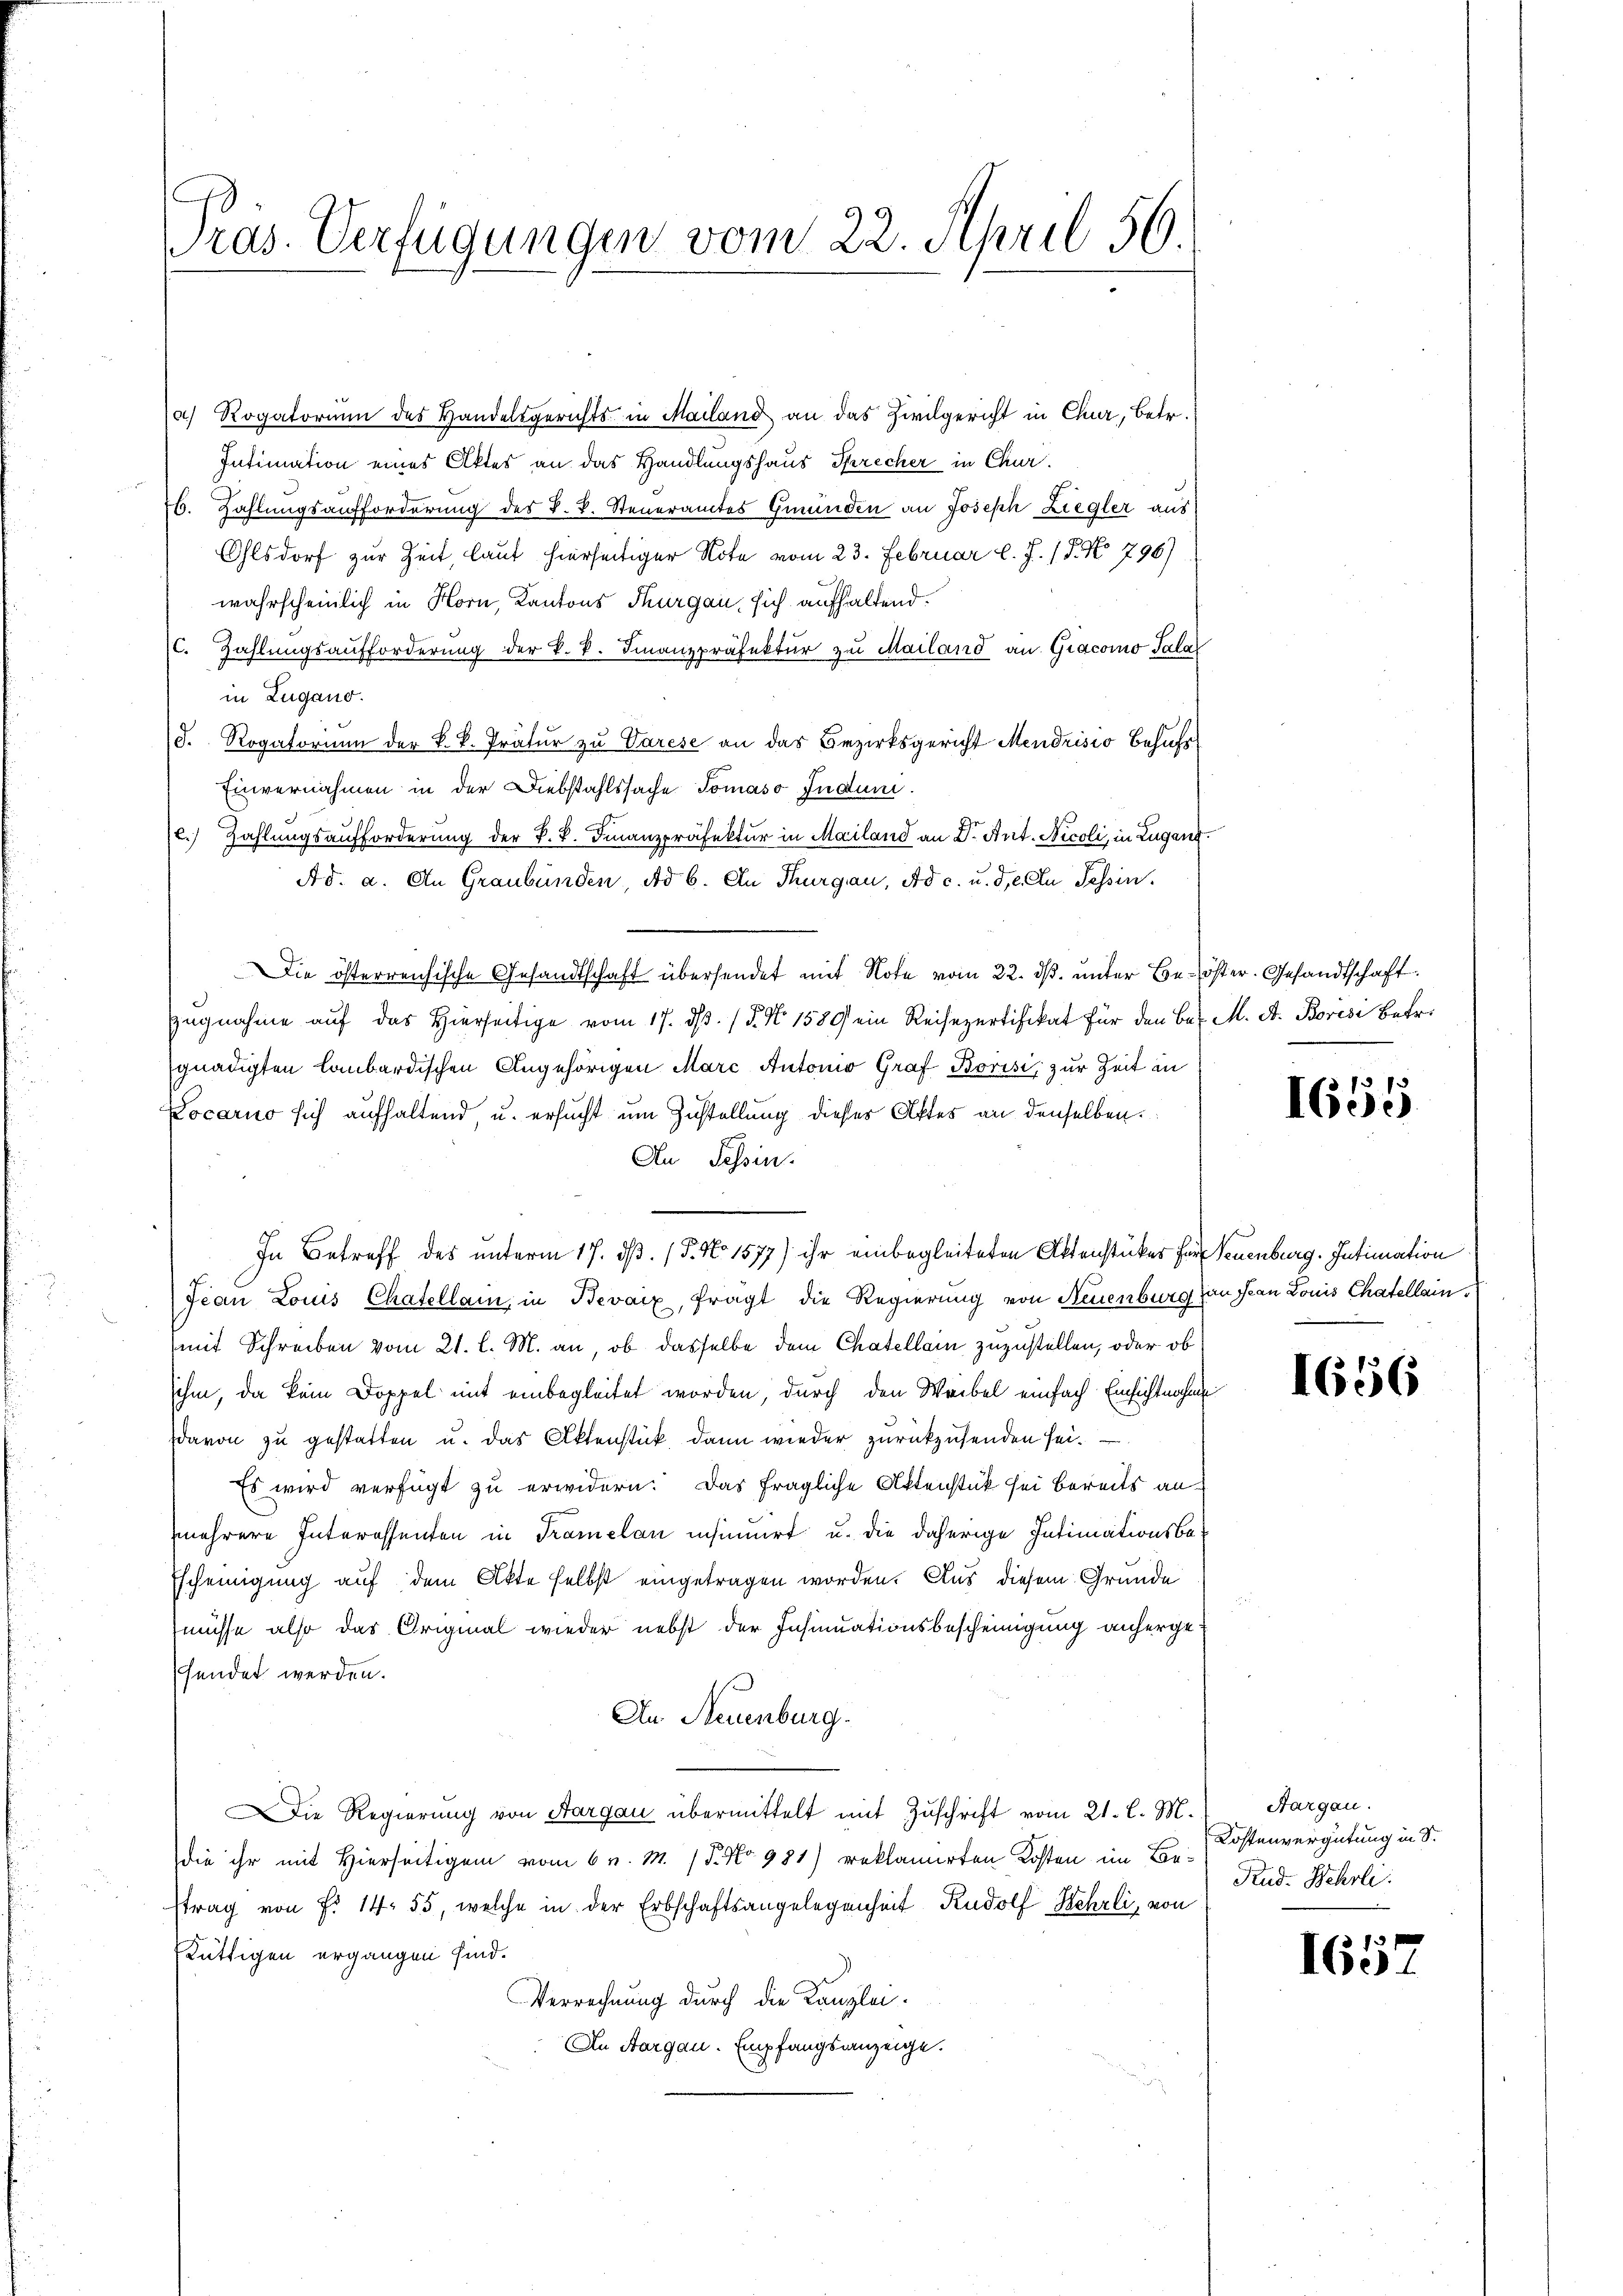
Pras. Verfügungen vom 22. April 56.

a) Rogatorium des Handelsgerichts in Mailand an das Zivilgericht in Chur, betr.
Intimation eines Aktes an das Handlungshaus Sprecher in Chur.
76. Zahlungsaufforderung des k. k. Steueramtes Gemeinden an Joseph Liegler aus
Olsdorf zur Zeit, laut hierseitiger Note vom 23. Februar l. J. (T. No 796)
wahrscheinlich in Horn, Kantons Thurgau sich aufhaltend.
(C. Zahlŭngsaufforderŭng der k. k. Finanzpräfektŭr zŭ Mailand an Giacomo Sala
in Zugano.
d. Rogatorium der k. k. Prätur zu Varese an das Bezirksgericht Mendrisio behufs
Einvernahmen in der Diebstahlssache Tomaso Juduni.
.) Zahlungsaufforderung der k. k. Finanzpräfektur in Mailand an Dr. Art. Nicoli, in Zugang.
Ad. a. An Graubünden, Ad 6. An Thurgau, Ad c. u. die Ein Tessin.
Die österreichische Gesandtschaft übersendet mit Note vom 22. ds. unter Be- öster. Gesandtschaft
Eugnahme aŭf das hierseitige vom 17. ds. (T. No 1589 ein Reisepartifikat für den Bez. M. A. Boresi betr.
gnädigten Laubardischen Angehörigen Marc Antonio Graf Borisi, zur Zeit in
Locarno sich aufhaltend, u. ersucht um Zustellung dieses Aktes an denselben.
An Tessin.
In Betreff des unterm 17. dß. / 5. No 1577) ihr einbegleiteten Aktenstücker für Neuenburg. Intimation
Jean Louis Chatellan, in Bevaix, fragt die Regierung von Neuenburg an Jean Louis Chatelleinmit Schreiben vom 21. l. M. an, ob dasselbe dem Chatellein zuzustellen, oder ob
sihm, da kein Doppel mit einbegleitet worden, durch den Weibel einfach Einsichtnahme
davon zu gestatten u. das Aktenstück dann wieder zurückzusenden sei.
Es wird verfügt zu erwidern. Das fragliche Aktenstück sei bereits anmehrere Interessenten in Tramelan insinuirt u. die daherige Intimationsbe-
Escheinigung auf dem Akte selbst eingetragen worden. Aus diesem Grunde
müsse also das Original wieder nebst der Insinuationsbescheinigung anhergefendet werden.
An Neuenburg.
ie Regierung von Aargau übermittelt mit Zuschrift vom 21. l. M.
die ihr mit Hierseitigen vom 6 v. M. (T. No 981) reklamirten Kosten im Bestrag von Fr. 14. 55, welche in der Erbschaftsangelegenheit Rudolf Wehrli, von
Lüttigen ergangen sind.
Verrechnung durch die Kanzlei-
In Aargau. Empfangsanzeige.

1655

1656

Aargau.
Kostenvergütung in S.
Rud. Wehrli

1657